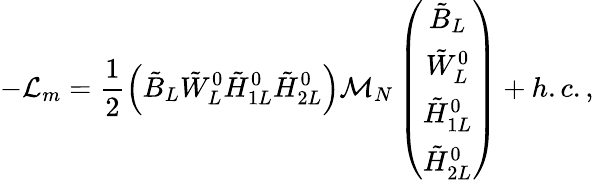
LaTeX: -{\cal L}_{m}=\frac{1}{2}\left(\tilde{B}_{L}\tilde{W}_{L}^{0}\tilde{H}_{1L}^{0}\tilde{H}_{2L}^{0}\right){\cal M}_{N}\left(\begin{array}{c}{{\tilde{B}_{L}}}\\ {{\tilde{W}_{L}^{0}}}\\ {{\tilde{H}_{1L}^{0}}}\\ {{\tilde{H}_{2L}^{0}}}\end{array}\right)+h.c.,